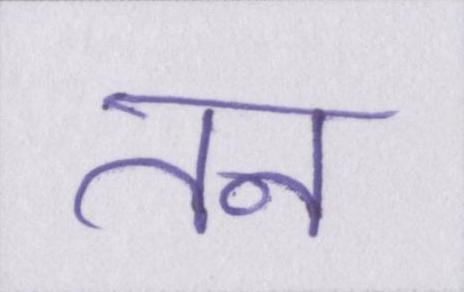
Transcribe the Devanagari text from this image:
तन